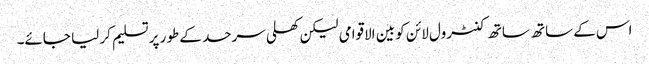
اس کے ساتھ ساتھ کنٹرول لائن کو بین الاقوامی لیکن کھلی سرحد کے طور پر تسلیم کر لیا جائے۔